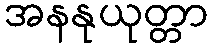
အနနုယုတ္တာ